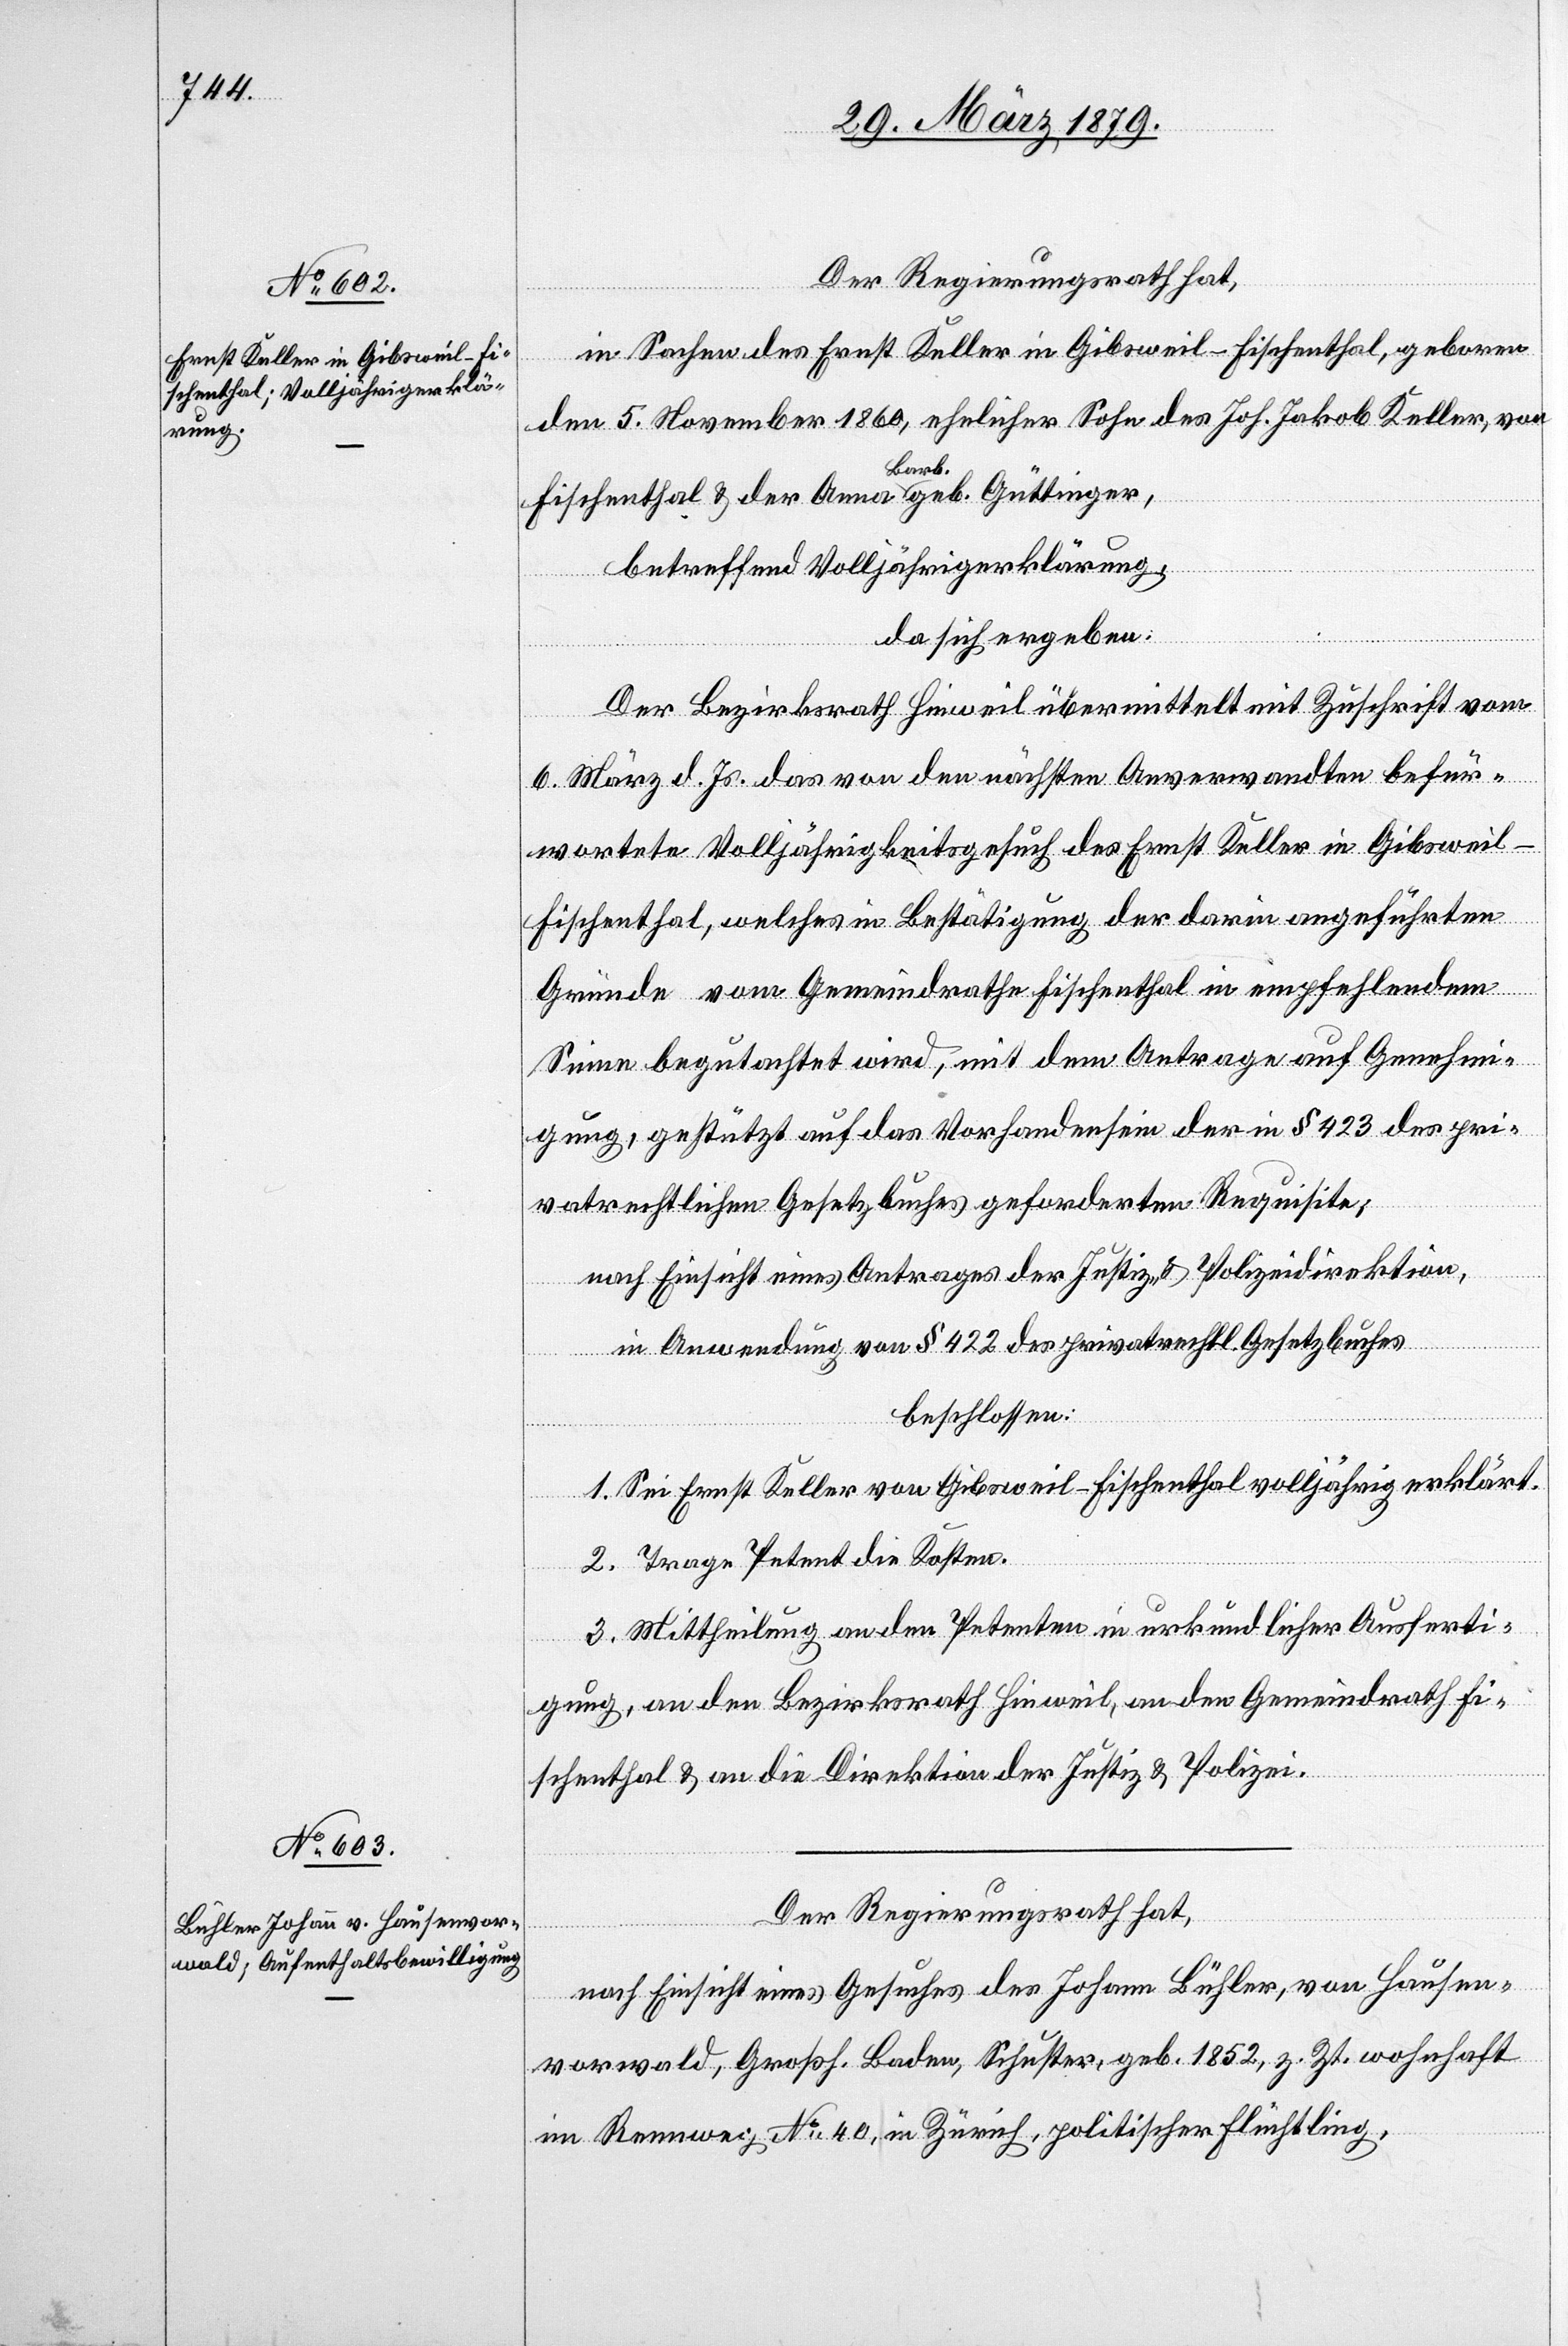
Der Regierungsrath hat,
in Sachen des Ernst Keller in Gibsweil - Fischenthal, geboren
den 5. November 1860, ehelicher Sohn des Joh. Jakob Keller, von
Fischenthal & der Anna Barb. geb. Güttinger,
betreffend Volljährigerklärung,
da sich ergeben:
Der Bezirksrath Hinweil übermittelt mit Zuschrift vom
6. März d. Js. das von den nächsten Anverwandten befür¬
wortete Volljährigkeitsgesuch des Ernst Keller in Gibsweil -
Fischenthal, welches in Bestätigung der darin angeführten
Gründe vom Gemeindrathe Fischenthal in empfehlendem
Sinne begutachtet wird, mit dem Antrage auf Genehmi¬
gung, gestützt auf das Vorhandensein der in § 423 des pri¬
vatrechtlichen Gesetzbuches geforderten Requisite;
nach Einsicht eines Antrages der Justiz- & Polizeidirektion,
in Anwendung von § 422 des privatrechtl. Gesetzbuches
beschlossen:
1. Sei Ernst Keller von Gibsweil – Fischenthal volljährig erklärt.
2. Trage Petent die Kosten.
3. Mittheilung an den Petenten in urkundlicher Ausferti¬
gung, an den Bezirksrath Hinweil, an den Gemeindrath Fi¬
schenthal & an die Direktion der Justiz & Polizei.
Der Regierungsrath hat,
nach Einsicht eines Gesuches des Johann Bühler, von Hausen¬
vorwald, Großh. Baden, Schuster, geb. 1852, z. Zt. wohnhaft
im Rennweg No 40, in Zürich, politischer Flüchtling,